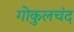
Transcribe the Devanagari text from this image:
गोकुलचंद